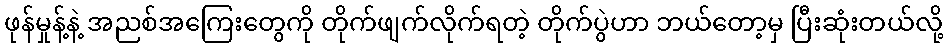
ဖုန်မှုန့်နဲ့ အညစ်အကြေးတွေကို တိုက်ဖျက်လိုက်ရတဲ့ တိုက်ပွဲဟာ ဘယ်တော့မှ ပြီးဆုံးတယ်လို့